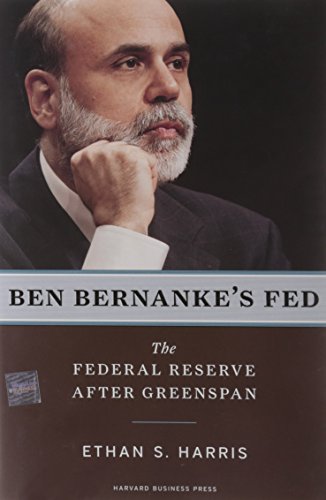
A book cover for Ben Bernanke's Fed: The Federal Reserve After Greenspan; Ethan S. Harris; Business & Money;